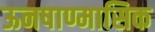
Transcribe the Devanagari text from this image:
ऊनषाण्मासिक